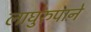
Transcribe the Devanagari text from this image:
लाघुरुपाने